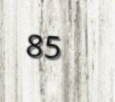
85